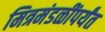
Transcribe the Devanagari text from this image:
मित्रमंडळींपर्यंत